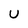
Character: U